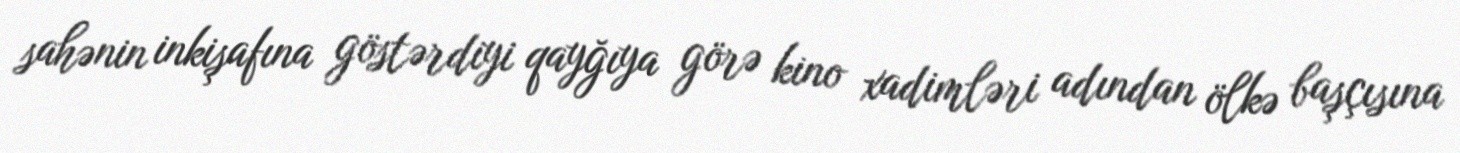
sahənin inkişafına göstərdiyi qayğıya görə kino xadimləri adından ölkə başçısına